Calcutta medical institutions reports 1892-1900
Year: 1892
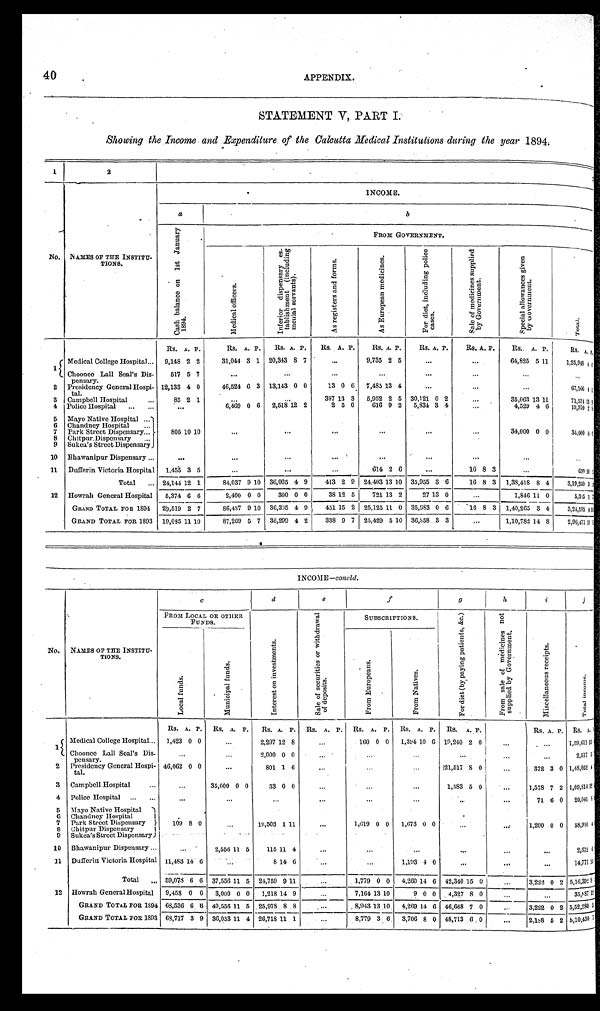
40
APPENDIX.
STATEMENT V, PART I.
Showing the Income and Expenditure of the Calcutta Medical Institutions during the year 1894.
1
2
INCOME.
a
b
C a s h b a l a n c e o n 1 s t J a n u a r y 1 8 9 4 .
FROM GOVERNMENT.
No.
NAMES OF VIE INSTITU-
TIONS.
M e d i c a l o f f i c e r s .
I n f e r i o r d i s p e n s a r y e s - t a b l i s h m e n t ( i n c l u d i n g m e n i a l s e r v a n t s ) .
A s r e g i s t e r s a n d f o r m s .
A s E u r o p e a n m e d i c i n e s .
F o r d i e t , i n c l u d i n g p o l i c e c a s e s .
S a l e o f m e d i c i n e s s u p p l i e d b y G o v e r n m e n t .
S p e a c i a l a l l o w a n c e s g i v e n b y G o v e r n m e n t .
T o t a l .
1
Medical College Hospital . . .
Rs. A. P.
Rs. A. P.
Rs. A. P.
Rs. A. P.
Rs. A. P.
Rs. A. P.
R s .
A. P.
Rs.. A. P.
Rs. A. P.
9,148 2 2
31,044 3 1 20,313
8 7
. . .
9 , 7 3 5 2 5
. . .
. . . 64,825 5 11
1,25,948 4 < i l l e g i b l e >
Choonee Lall Seal's Dis-
pensary.
517 5 7
. . .
. . .
. . .
. . .
. . .
. . .
. . .
. . .
2
Presidency General Hospi-
tal.
12,133 4 0
46,524 6 3 13,143 0 0
13 0 6
7,485 13 4
. . .
. . .
. . .
67,166 4 < i l l e g i b l e >
3
Campbell Hospital . . .
85 2 1
. . .
. . .
397 13 3
5,952 2 5 30,121 0 2
. . . 35,063 13 11
71,534 13
9
6,469 0 6
2,518 12 2
2 5 0
616 9 2
5,834 3 4
4
Police Hospital . . .
. . .
. . . 4,529 4 6
19,970 2 8
5
Mayo Native Hospital . . .
6
Chandney Hospital . . .
7
Park Street Dispensary. . .
805 10 10
. . .
. . .
. . .
. . .
. . .
. . .
34,000 0 0
34,000 0 0
8
Chitpur, Dispensary . . .
9
Sukea's Street Dispensary
10
Bhawanipur Dispensary . . .
. . .
. . .
. . .
. . .
. . .
. . .
. . .
. . .
. . .
11
Dufferin Victoria Hospital
1,455 3 5
. . .
. . .
. . .
614 2 6
. . . 16 8 3
. . .
630 10 < i l l e g i b l e >
Total . . . 24,144 12 1
84,037 9 10
36,005 4 9
413 2 9
24,403 13 10 35,955 3 6
16 8 3
1,38,418 8 4
3,19,250 3 3
12
Howrah General Hospital
5,374 6 6
2,400 0 0
300 0 0
38 12 5
721 13
2
27 13 0
. . .
1,846 11
0
5,335 1 7
GRAND TOTAL FOR 1894
29,519 2 7
86,437 9 10
36,305 4 9
451 15 2 25,12 5 11 0 35,983 0 6
16 8 3
1,40,265 3 4
3,2 4,585 4 1 5
GRAND TOTAL FOR 1893
19,035 11 10
87,269 5 7
36,299 4 2
338 9 7 25,429 5 10 36,358 3 3
. . . 1,10,788 14 8
2,96,477 11 1
I NCOME—c o n c l d
.
N o .
N A M E S O F T H E I N S T I T U - T I O N .
c
d e
f g
h
i
j
F R O M L O C A L O R O T H E R F U N D S .
I n t e r e s t o n i n v e s t m e n t s .
S a l e o f s e c u r i t i e s o r w i t h d r a w a l o f d e p o s i t s .
S U B S C R I P T I O N S .
F o r d i e t ( b y p a y i n g p a t i e n t s , & c )
F r o m s a l e o f m e d i c i n e s n o t s u p p l i e d b y G o v e r n e m e n t .
M i s c e l l a n e o u s r e c e i p t s .
T o t a l i n c o m e .
L o c a l f u n d s .
M u n i c i p a l f u n d s .
F r o m E u r o p e a n s .
From Natives.
R s
A. P.
R s .
A. P.
R s .
A. P.
R s .A. P.
R s .
A. P. Rs.
A.
p.Rs.
A. P.
R s .
A. P.
R s .A.P.
1
M e d i c a l C o l l e g e H o s p i t a l . . .
1 , 4 2 30 0
. . .
2 , 2 9 7
12 8
. . .
1 6 0
0 0 1,394 10
6 19,240 2 0
. . .
. . .
1 , 5 9 , 6 1 115<i l l ge bi l e >
Choonee Lal l Seal ' s Di s - pens ar y.
. . .
. . .
2 , 0 0 0
0 0
. . .
. . .. . .
. . .
. . .
. . .
2 , 5 1 757
2
P r e s i d e n c y G e n e r a l H o s p i - t a l .
4 6 , 0 6 20 0
. . .
8 0 1
1 6
. . .
. . .. . .
21,517 8 0
. . . 3 7 2
3 0
1 , 4 8 , 0 5 24<i l l e gi bl e >
3
C a m p b e l l H o s p i t a l . . .
. . .
3 5 , 0 0 0
0 0
3 3
0 0
. . .
. . .. . .
1,583
5 0
. . . 1 , 5 7 8
7 2
1 , 0 9 , 8 1 412<i l l e gi bl e >
4
P o l i c e H o s p i t a l . . .
. . .
. . .
. . .
. . .
. . .. . .
. . .
. . . 7 1 ,
6 0
2 0 , 0 4 18 <i l l e gi bl e >
5 Mayo Native Hospital
6
C h a n d n e y H o s p i t a l
7
P a r k S t r e e t D i s p e n s a r y
1 0 98 0
. . .
1 9 , 5 0 31 11
. . .
1 , 6 1 9
0 0
1 , 6 7 3
0
0 . . .
. . . 1 , 2 0 0
0 0
5 8 , 9 1 0 4 <i l l e gi bl e >
8 Chitpur Dispensary
9
S u k e a ' s S t r e e t D i s p e n s a r y
1 0
B h a w a n i p u r D i s p e n s a r y . . .
. . .2,556
11 5
1 1 511 4
. . .
. . .. . .
. . .
. . .
. . .
2 , 6 7 26 < i l l e g i b l e >
1 1
D u f f e r i n V i c t o r i a H o s p i t a l
1 1 , 4 8 314 6 . . .
8 14 6
. . .
. . .
1,193
4
0 . . .
. . .
. . .
1 4 , 7 7 1
1 5
< i l l e g i b l e >
T o t a l . . .
5 9 , 0 7 86 6 37,556 11 5
2 4 , 7 5 99 11
. . .
1 , 7 7 90 0 4,260
14
6 42,340 15 0
. . . 3 , 2 2 2
0 2
5 , 1 6 , 3 9 2 8 < i l l e g i b l e >
1 2
H o w r a h G e n e r a l H o s p i t a l
9 , 4 5 80 0 3,000
0 0
1 , 2 1 8149
. . .
7 , 1 6 413 10 9
0
0 4,327
8 0
. . .
. . .
3 5 , 8 8 7
1 2
< i l l e g i b l e >
G R A N D T O T A L F O R 1 8 9 4
6 8 , 5 3 66 6 40,556 11 5
2 5 , 9 7 88 8
. . .
8 , 9 4 313 10 4,269
14
6 46,668 7 0
. . .
3 , 2 2 20 2
5 , 5 2 , 2 8 0 5 < i l l e g i b l e >
G R A N D T O T A L F O R 1 8 9 3
6 8 , 7 1 73 9 36,053 11 4
2 6 , 7 1 8111
. . .
8 , 7 7 93 6 3,706
8
0 48,713 6 0
. . .
2 , 1 9 85 2
5 , 1 0 , 4 5 0 7 < i l l e g i b l e >